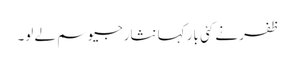
ظفر نے کئی بار کہا نثارجیو سم لے لو۔